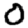
Digit: 0